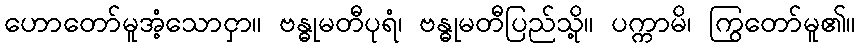
ဟောတော်မူအံ့သောငှာ။ ဗန္ဓုမတီပုရံ၊ ဗန္ဓုမတီပြည်သို့။ ပက္ကာမိ၊ ကြွတော်မူ၏။